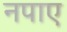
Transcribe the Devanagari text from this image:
नपाए